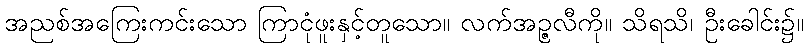
အညစ်အကြေးကင်းသော ကြာငုံဖူးနှင့်တူသော။ လက်အဉ္ဇလီကို။ သိရသိ၊ ဦးခေါင်း၌။